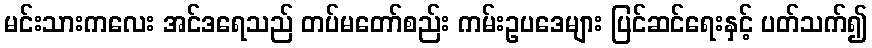
မင်းသားကလေး အင်ဒရေသည် တပ်မတော်စည်း ကမ်းဥပဒေများ ပြင်ဆင်ရေးနှင့် ပတ်သက်၍